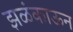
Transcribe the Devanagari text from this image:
झळंकाऊन